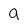
Character: a